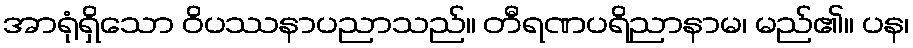
အာရုံရှိသော ဝိပဿနာပညာသည်။ တီရဏပရိညာနာမ၊ မည်၏။ ပန၊